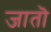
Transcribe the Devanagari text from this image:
जातॊ